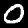
Digit: 0